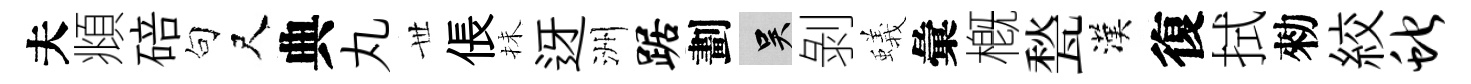
夫頫碚句尺典丸𠀍倀抺迓洲踞劃吴剝蟻彙槪甃漢復拭勑絞蛇